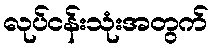
လုပ်ငန်းသုံးအတွက်